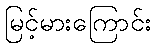
မြင့်မားကြောင်း